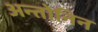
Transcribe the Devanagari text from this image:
अन्तोनिन